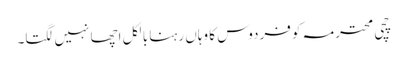
چچی محترمہ کو فردوس کا وہاں رہنا بالکل اچھا نہیں لگتا۔